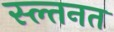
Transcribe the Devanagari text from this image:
स्ल्तनत